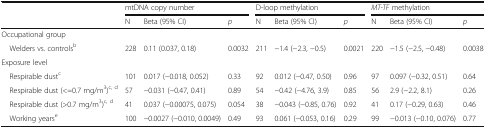
<table><thead><tr><td rowspan="2"></td><td colspan="3"><b>mtDNA copy number</b></td><td colspan="3"><b>D-loop methylation</b></td><td colspan="3"><b><i>MT-TF</i> methylation</b></td></tr><tr><td><b>N</b></td><td><b>Beta (95% CI)</b></td><td><b><i>p</i></b></td><td><b>N</b></td><td><b>Beta (95% CI)</b></td><td><b><i>p</i></b></td><td><b>N</b></td><td><b>Beta (95% CI)</b></td><td><b><i>p</i></b></td></tr></thead><tbody><tr><td colspan="10">Occupational group</td></tr><tr><td> Welders vs. controls<sup>b</sup></td><td>228</td><td>0.11 (0.037, 0.18)</td><td>0.0032</td><td>211</td><td>−1.4 (−2.3, −0.5)</td><td>0.0021</td><td>220</td><td>−1.5 (−2.5, −0.48)</td><td>0.0038</td></tr><tr><td colspan="10">Exposure level</td></tr><tr><td> Respirable dust<sup>c</sup></td><td>101</td><td>0.017 (−0.018, 0.052)</td><td>0.33</td><td>92</td><td>0.012 (−0.47, 0.50)</td><td>0.96</td><td>97</td><td>0.097 (−0.32, 0.51)</td><td>0.64</td></tr><tr><td> Respirable dust (&lt;=0.7 mg/m<sup>3</sup>)<sup>c, d</sup></td><td>57</td><td>−0.031 (−0.47, 0.41)</td><td>0.89</td><td>54</td><td>−0.42 (−4.76, 3.9)</td><td>0.85</td><td>56</td><td>2.9 (−2.2, 8.1)</td><td>0.26</td></tr><tr><td> Respirable dust (&gt;0.7 mg/m<sup>3</sup>)<sup>c, d</sup></td><td>41</td><td>0.037 (−0.00075, 0.075)</td><td>0.054</td><td>38</td><td>−0.043 (−0.85, 0.76)</td><td>0.92</td><td>41</td><td>0.17 (−0.29, 0.63)</td><td>0.46</td></tr><tr><td> Working years<sup>e</sup></td><td>100</td><td>−0.0027 (−0.010, 0.0049)</td><td>0.49</td><td>93</td><td>0.061 (−0.053, 0.16)</td><td>0.29</td><td>99</td><td>−0.013 (−0.10, 0.076)</td><td>0.77</td></tr></tbody></table>